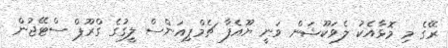
ރޭގެ މި މޮޅާއެކު ލެވަކޫޝަން ވަނީ ޔޫއެފާ ޗެމްޕިއަންސް ލީގުގެ ގްރޫޕް ސްޓޭޖުން